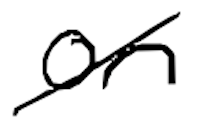
Text: on
Cross-out: diagonal
Writing tool: digital_black